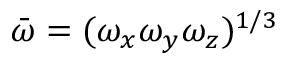
\Bar { \omega } = ( \omega _ { x } \omega _ { y } \omega _ { z } ) ^ { 1 / 3 }